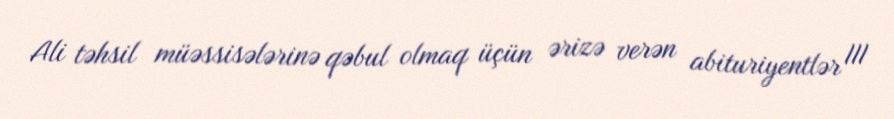
Ali təhsil müəssisələrinə qəbul olmaq üçün ərizə verən abituriyentlər III